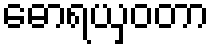
ဓောရယှဝတာ